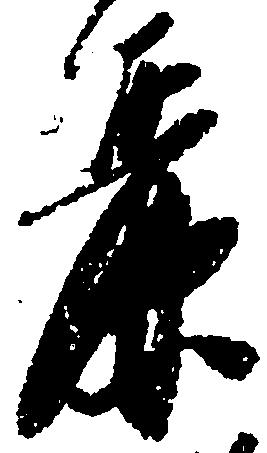
麗